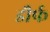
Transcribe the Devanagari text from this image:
डौर्फ